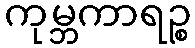
ကုမ္ဘကာရဉ္စ